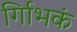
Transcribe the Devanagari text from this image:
र्गािभकं